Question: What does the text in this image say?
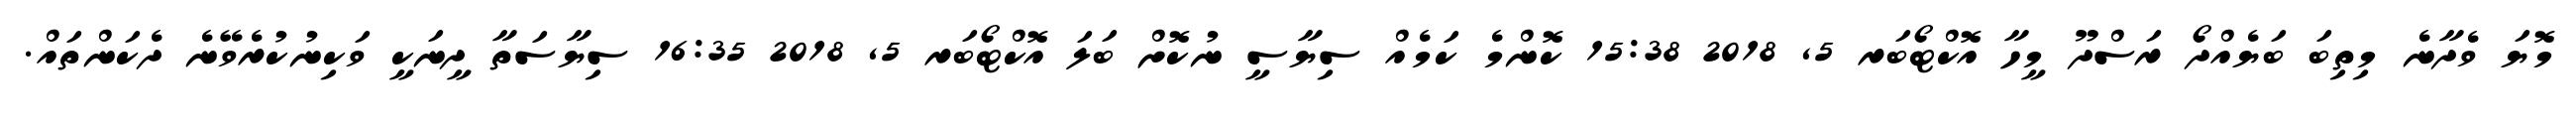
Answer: މޮޔަ ވެދާނެ މިތިބަ ބަޔެއްދޯ ރަސްދޫ މީހާ އޮކްޓޯބަރ 5, 2018 15:38 ކޮންމެ ކަމެއް ސިޔާސީ ނުކޮށް ބަލަ އޮކްޓޯބަރ 5, 2018 16:35 ސިޔާސަތާ ދީނަކީ ވަކިނުކުރެވޭނެ ދެކަންތައް.